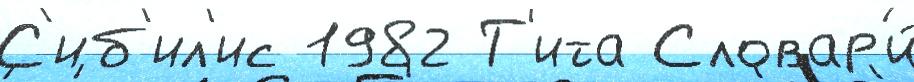
С'иб'ил'ис 1982 Т'ита Словар'и́